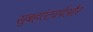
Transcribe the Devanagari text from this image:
सुबहएंटवर्पऔर